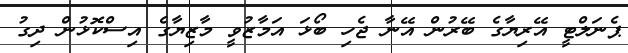
ޕެނަލްޓީ އޭރިޔާގެ ބޭރުން އޭނާ ޖެހި ބޯޅަ އަމާޒުވީ މާޒިޔާގެ އިސްކޮޅުން ދިގު